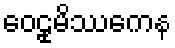
ဝေဠုမိဿကေန